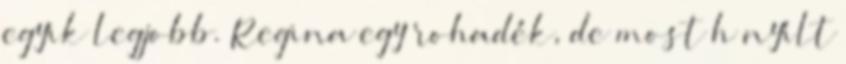
egyik legjobb. Regina egy rohadék, de most h nyílt